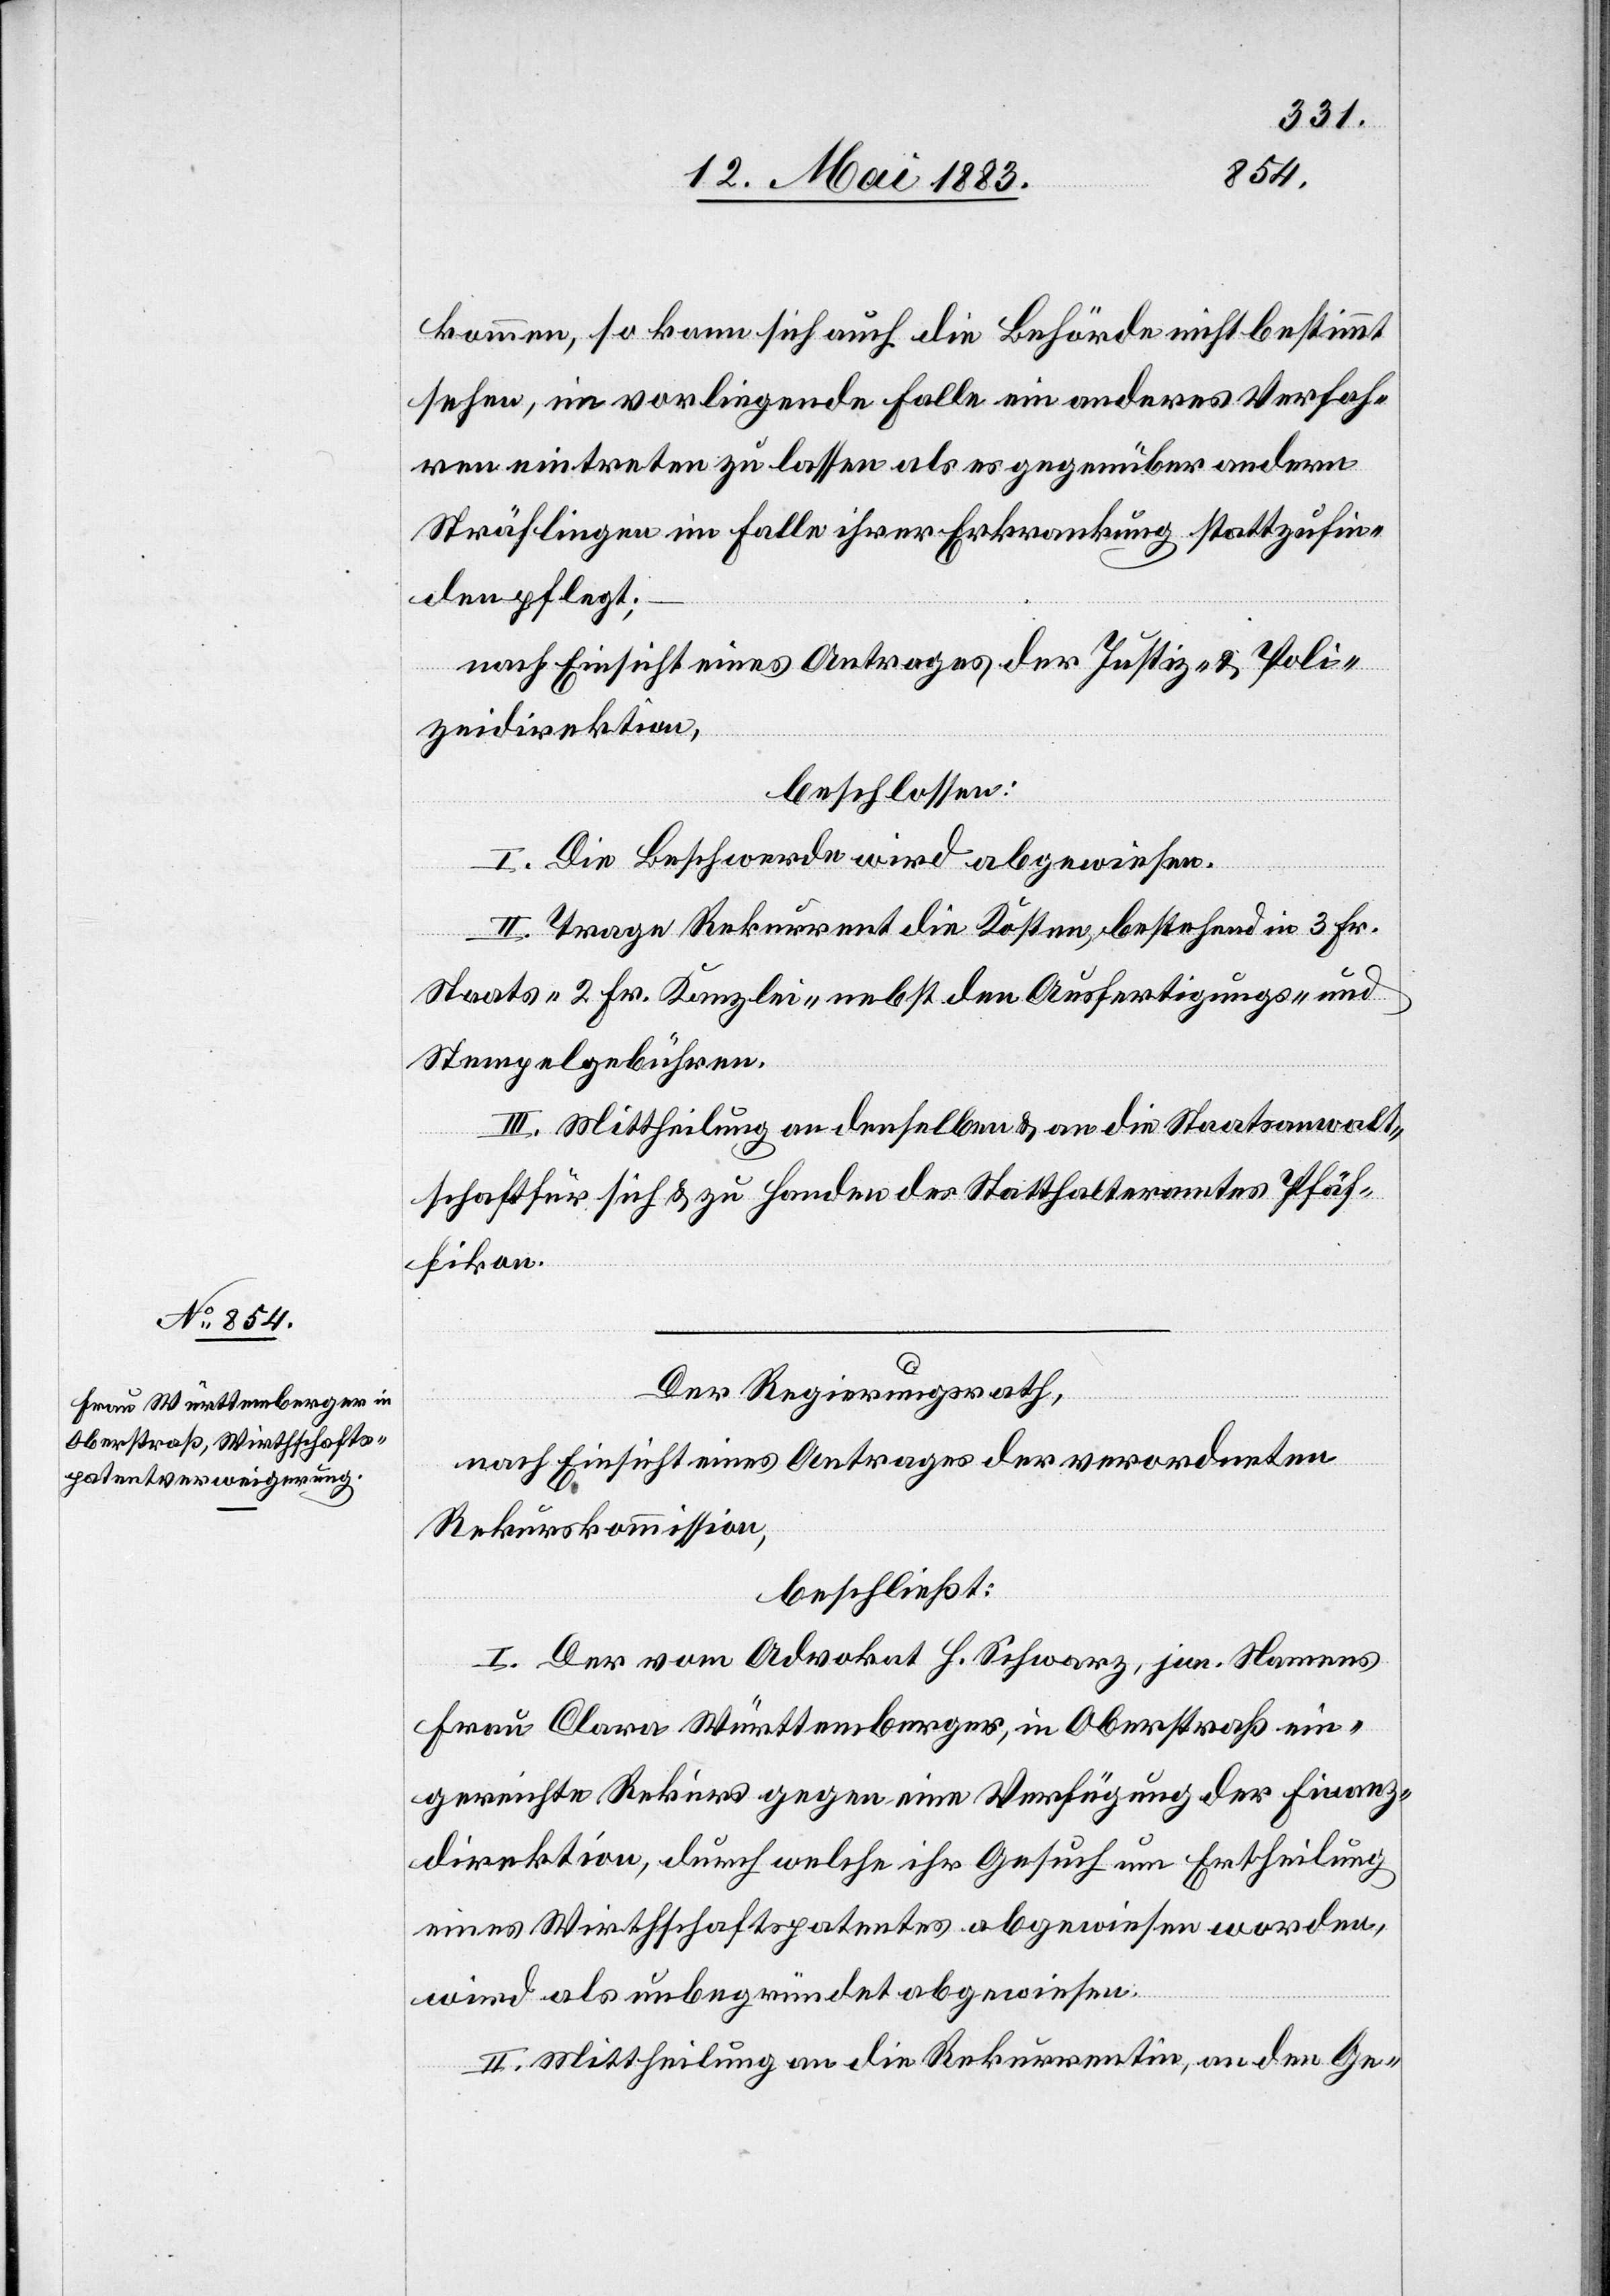
hat,
kommen, so kann sich auch die Behörde nicht bestimmt
sehen, im vorliegenden Falle ein anderes Verfah¬
ren eintreten zu lassen als es gegenüber andern
Sträflingen im Falle ihrer Erkrankung stattzufin¬
den pflegt;
nach Einsicht eines Antrages der Justiz- & Poli¬
zeidirektion,
beschlossen:
I. Die Beschwerde wird abgewiesen.
II. Trage Rekurrent die Kosten, bestehend in 3 Fr.
Staats-[,] 2 Fr. Kanzlei- nebst den Ausfertigungs- und
Stempelgebühren.
III. Mittheilung an denselben & an die Staatsanwalt¬
schaft für sich & zu Handen des Statthalteramtes Pfäf¬
fikon.
Der Regierungsrath
nach Einsicht eines Antrages der verordneten
Rekurskommission,
beschließt:
I. Der vom Advokat H. Schwarz, jun. Namens
Frau Clara Württemberger, in Oberstraß ein¬
gereichte Rekurs gegen eine Verfügung der Finanz¬
direktion, durch welche ihr Gesuch um Ertheilung
eines Wirthschaftspatentes abgewiesen worden,
wird als unbegründet abgewiesen.
II. Mittheilung an die Rekurrentin, an den Ge-